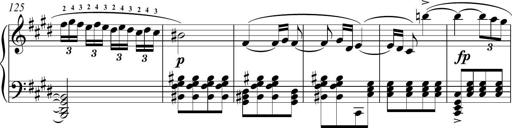
Title: Funeral March and Sonatina
Composer: Thomas Hellemans
Key: C-sharp minor